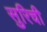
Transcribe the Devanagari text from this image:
सुरिची